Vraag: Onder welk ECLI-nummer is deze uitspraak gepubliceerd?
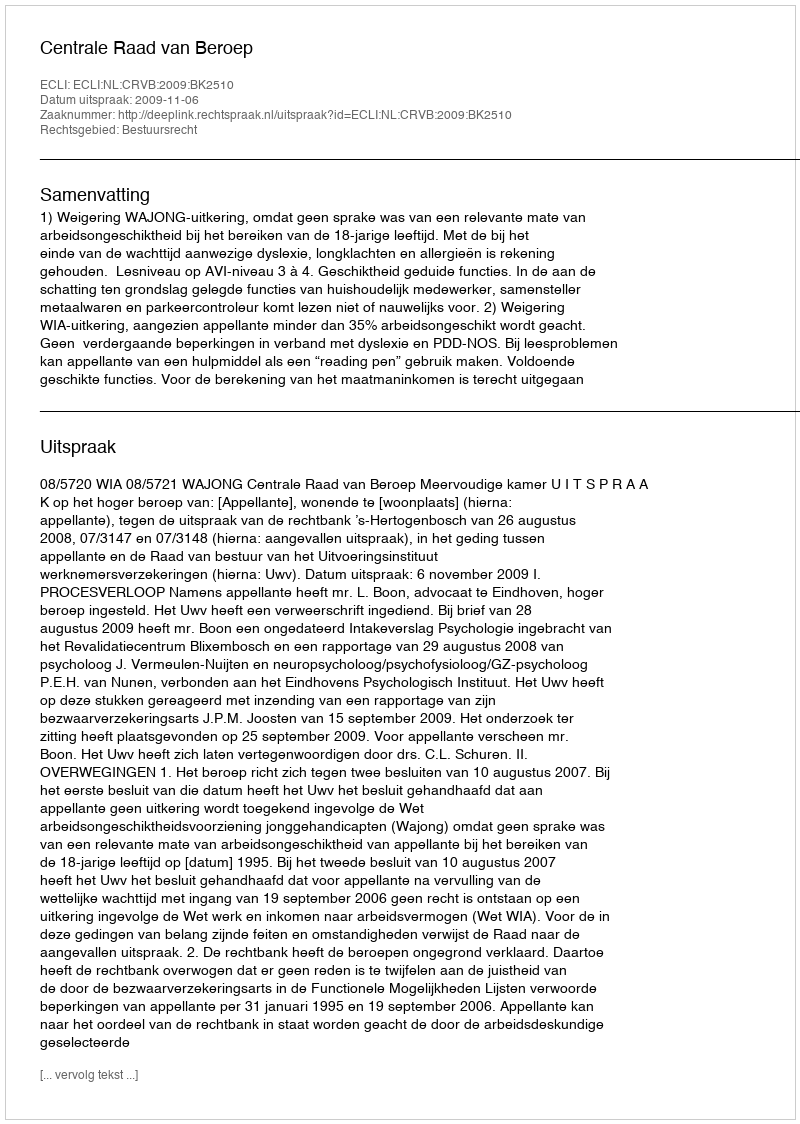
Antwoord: ECLI:NL:CRVB:2009:BK2510